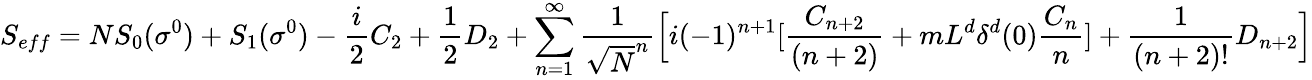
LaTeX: S_{eff}=NS_{0}(\sigma^{0})+S_{1}(\sigma^{0})-{\frac{i}{2}}C_{2}+{\frac{1}{2}}D_{2}+\sum_{n=1}^{\infty}{\frac{1}{\sqrt{N}^{n}}}\Big[i(-1)^{n+1}[{\frac{C_{n+2}}{(n+2)}}+mL^{d}\delta^{d}(0){\frac{C_{n}}{n}}]+{\frac{1}{(n+2)!}}D_{n+2}\Big]